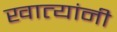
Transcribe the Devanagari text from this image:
खात्यांनी